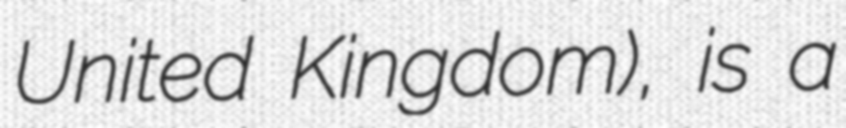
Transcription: United Kingdom), is a